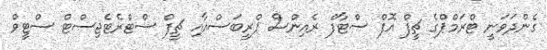
ގެންދަވަނީ ޓްރަމްޕްގެ ޗީފް އޮފް ސްޓާފް ރެއިންސް ޕްރީބަސްއާއި ޗީފް ސްޓްރެޓެޖިސްޓް ސްޓީވް